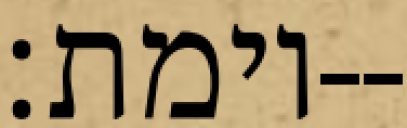
וימת׃--